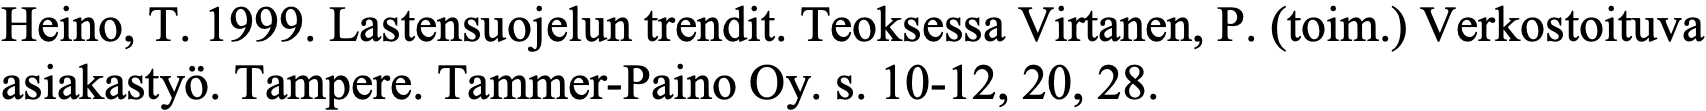
Heino, T. 1999. Lastensuojelun trendit. Teoksessa Virtanen, P. (toim.) Verkostoituva asiakastyö. Tampere. Tammer-Paino Oy. s. 10-12, 20, 28.